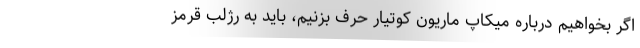
اگر بخواهیم درباره میکاپ ماریون کوتیار حرف بزنیم، باید به رژلب قرمز